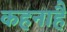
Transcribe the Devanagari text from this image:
कहनाहै